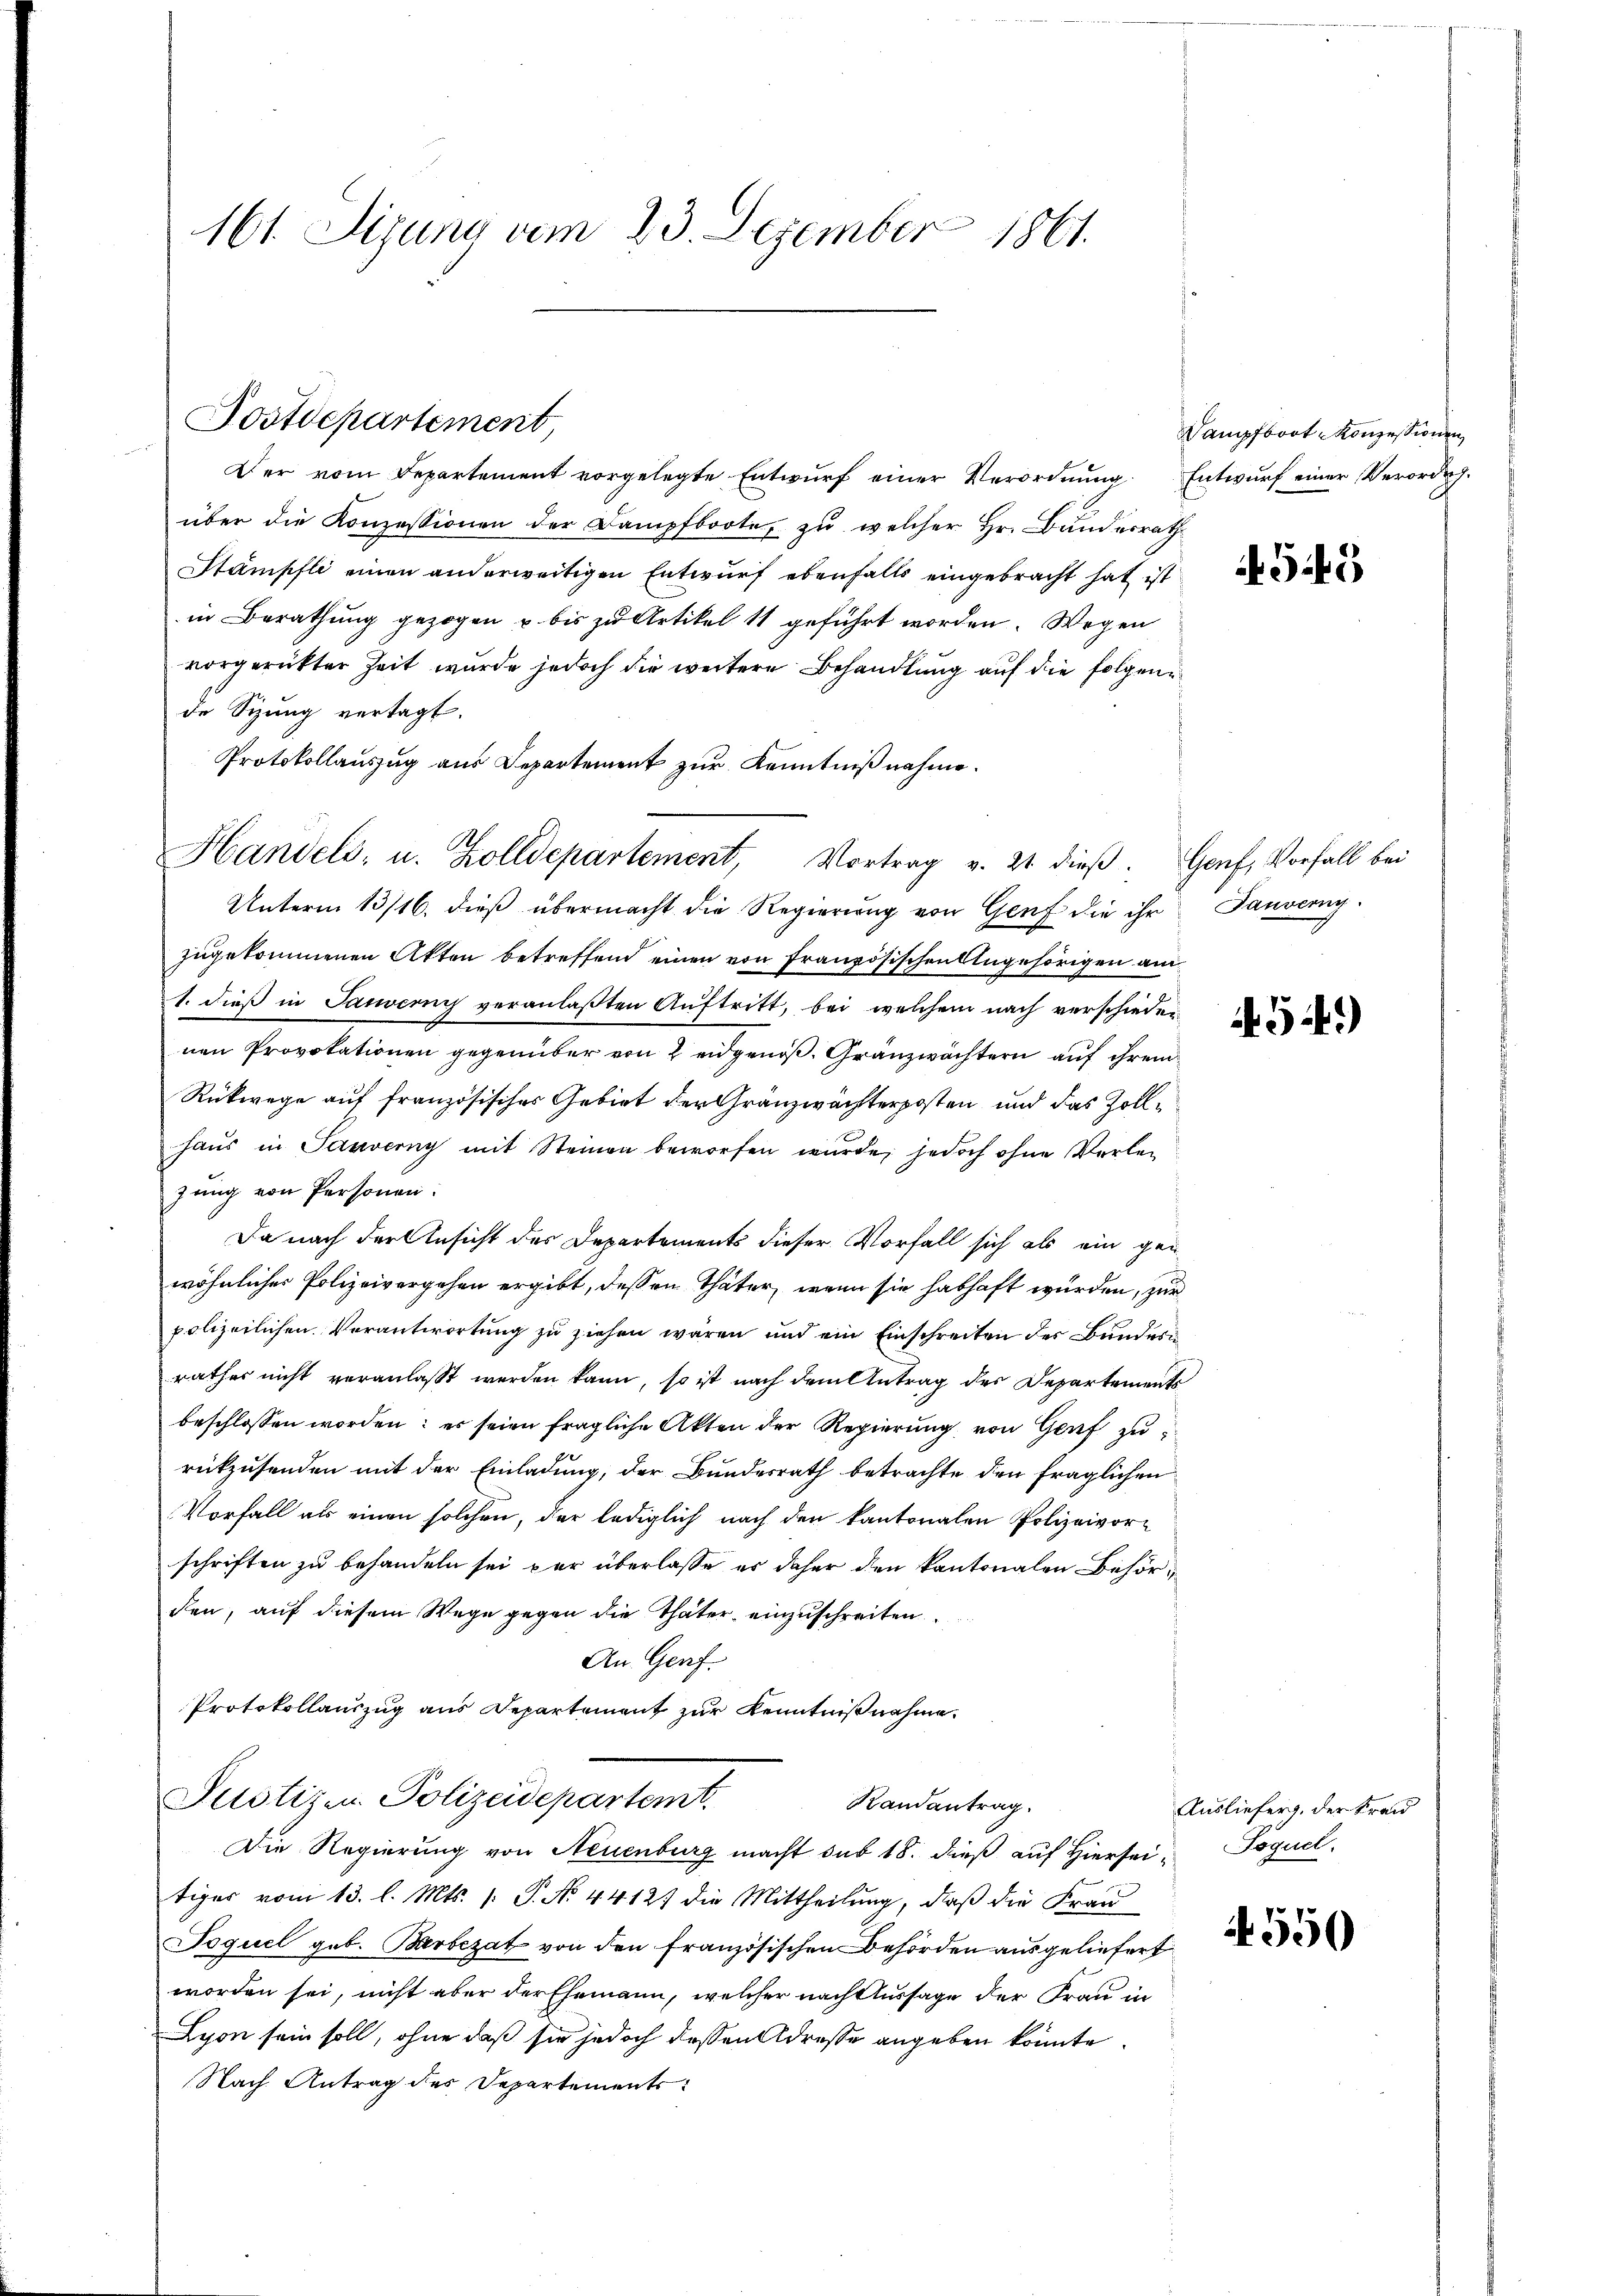
161. Sizung vom 23. Dezember 1861.

Fostdepartement

Der vom Departement vorgelegte Entwŭrf einer Verordnŭng. Entwŭrf einer Verordng.
über die Konzessionen der Dampfboote, zu welcher Hr. Bundesrath
Stämpfli einen anderweitigen Entwurf ebenfalls eingebracht hat ist
in Berathung gezogen u. bis zu Artikel 11 geführt worden. Wegen
vorgerückter Zeit wurde jedoch die weitere Behandlung auf die folgende Sizung vertagt.
Protokollauszug aus Departement zur Kenntnißnahme.
Unterm 13/16. dieß übermacht die Regierung von Genf die ihr
zugekommenen Akten betreffend einen von Französischen Angehörigen am
1. dieß in Sauern veranlaßten Auftritt, bei welchem nach verschiedenen Provokationen gegenüber von 2 eidgenoß. Granzwächtern auf ihrem
Rückwege auf französisches Gebiet der Gränzwächterposten und das Zollhaŭs in Sauverny mit Steinen beworfen wŭrde, jedoch ohne Vorlezung von Personen:
Da nach der Ansicht des Departements dieser Vorfall sich als ein ge-
wöhnlicher Polizeivergehen ergibt, dessen Thäter, wenn sie habhaft würden, zur
polizeilichen Verantwortung zu ziehen wären und ein Einschreiten der Bundes
rathes nicht veranlasst werden kann, so ist nach dem Antrag des Departements
beschlossen worden; es seien fragliche Akten der Regierung von Genf zu
rückzusenden mit der Einladung, der Bundesrath betrachte den fraglichen
Vorfall als einen solchen, der lediglich nach den kantonalen Polizeivor-
schriften zu behandeln sei par überlasse er daher den kantonalen Behörden, auf diesem Wege gegen die Thäter einzuschreiten
An Genf.
Protokollauszug aus Departement zur Kenntnißnahme.
Justizen Polizeidepartemt.
Randantrag.
Die Regierung von Neuenburg macht sub 18. dieß auf Hierseitiges vom 13. l. Mts. (: P. No. 44127 die Mittheilung, daß die Frau
Joquel geb. Barbezat von den französischen Behörden ausgeliefert
worden sei, nicht aber der Ehemann, welcher nach Aussage der Frau in
Lyon sein soll, ohne daß sie jedoch dessen Adresse angeben könnte
Nach Antrag des Departements

Handels- u. Zolldepartement, Vortrag v. 21. dieβ. Genf, Vorfall bei

Wanofort angestünfe

455

Tauverny

541)

Auslieferg, der Kran
Poguel.

550